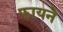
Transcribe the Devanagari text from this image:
फायने